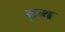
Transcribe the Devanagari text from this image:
ग्नन्थ